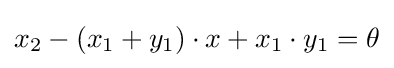
x_{2}-(x_{1}+y_{1})\cdot x+x_{1}\cdot y_{1}=\theta